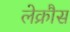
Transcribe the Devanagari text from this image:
लेक्रौस